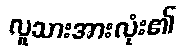
လူသားအားလုံး၏